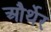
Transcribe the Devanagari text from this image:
और्थेर